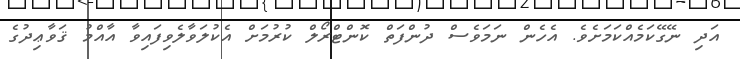
އަދި ނޭގޭކަމެއްކަމަށެވެ. އެހެން ނަމަވެސް ދުންފަތް ކޮންޓްރޯލް ކުރުމަށް އެކުލަވާލެވިފައިވާ އާއްމު ޤަވާޢިދުގެ